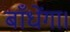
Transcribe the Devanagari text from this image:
बाँधेंगा।